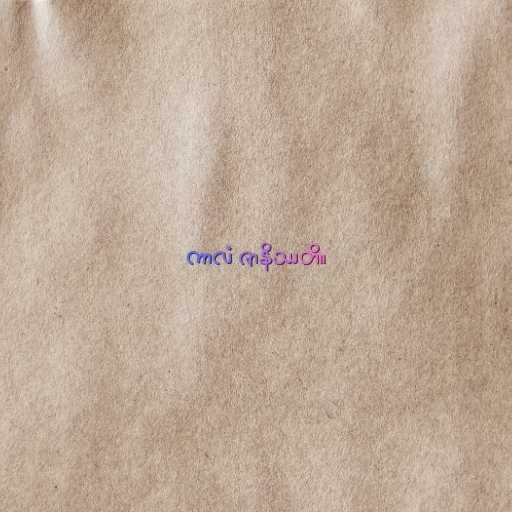
ကာလံ ဇာနိဿတိ။